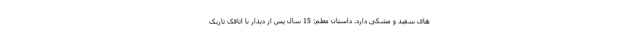
های سفید و مشکی دارد. داستانِ معلم: 15 سال پس از دیدار با اتاقکِ تاریک